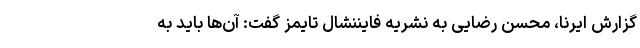
گزارش ایرنا، محسن رضایی به نشریه فایننشال تایمز گفت: آن‌ها باید به